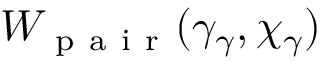
W _ { \mathrm { ~ p ~ a ~ i ~ r ~ } } ( \gamma _ { \gamma } , \chi _ { \gamma } )